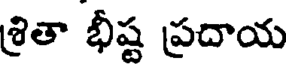
శ్రితా భీష్ట ప్రదాయ